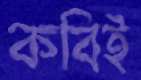
কবিই